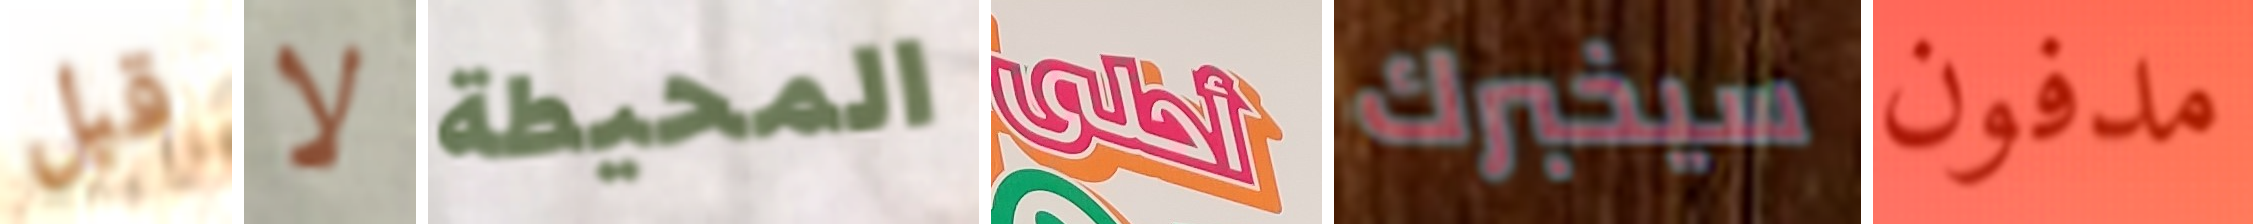
قبل لا المحيطة أحلى سيخبرك مدفون